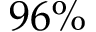
9 6 \%